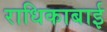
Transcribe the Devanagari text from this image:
राधिकाबाई